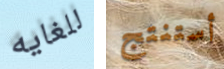
للغايه أستنتج